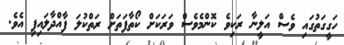
ހަގީގަތުގައި ވެސް އަލީނާ ރަކިވެ ކޮންމެވެސް ވަރަކަށް ކޯތާފަތަށް ރަތްކުލަ ފާއްދާލައިފި އެވެ.